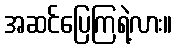
အဆင်ပြေကြရဲ့လား။